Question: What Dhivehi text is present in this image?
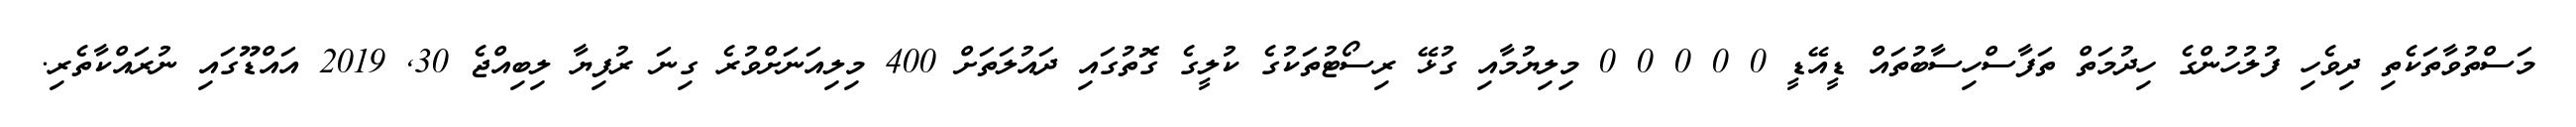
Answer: މަސްތުވާތަކެތި ދިވެހި ފުލުހުންގެ ހިދުމަތް ތަފާސްހިސާބުތައް ޑީއޭޑީ 0 0 0 0 0 މިލިޔުމާއި ގުޅޭ ރިސޯޓުތަކުގެ ކުލީގެ ގޮތުގައި ދައުލަތަށް 400 މިލިއަނަށްވުރެ ގިނަ ރުފިޔާ ލިބިއްޖެ 30, 2019 އައްޑޫގައި ނުރައްކާތެރި.